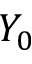
Y _ { 0 }